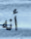
أنه